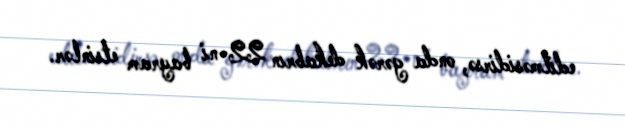
edilməsidirsə, onda gərək dekabrın 22-ni bayram etsinlər.